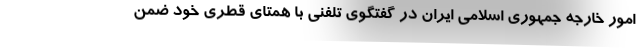
امور خارجه جمهوری اسلامی ایران در گفتگوی تلفنی با همتای قطری خود ضمن